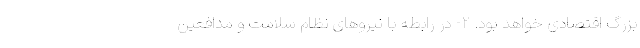
بزرگ اقتصادی خواهد بود. ۲- در رابطه با نیروهای نظام سلامت و مدافعین